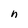
Character: n